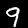
Label: 9